Annual administration report of the Civil Veterinary Department of India - 1896-1897
Year: 1896
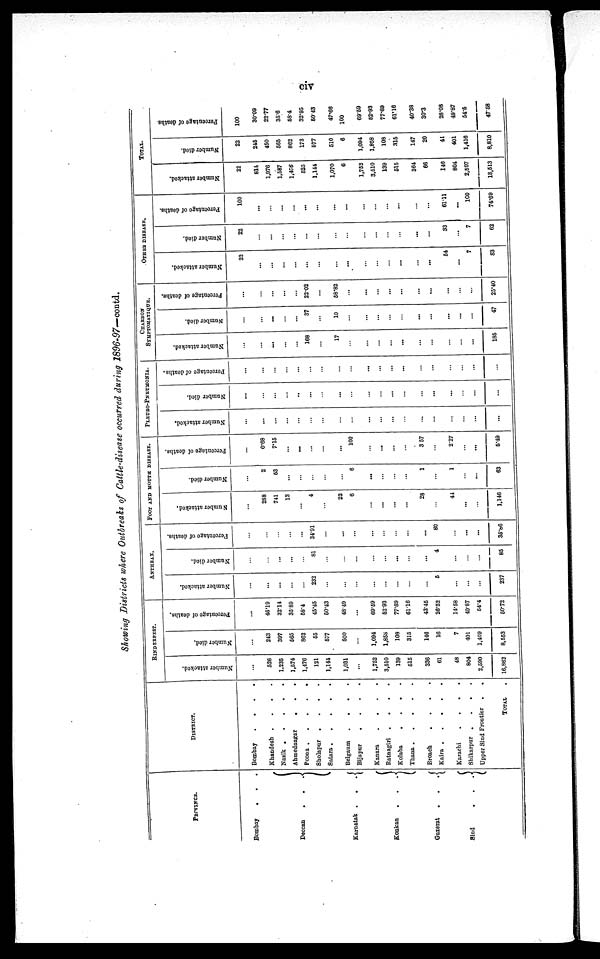
civ
Showing Districts where Outbreaks of Cattle-disease occurred during 1896-97-contd.
PROVINCE.
Bombay
. . .
Decean . . .
Karnatak . . .
Konkan . . .
Guzerat . . .
Sind
.
.
.
DISTRICT.
Bombay
. . . .
Khandesh . . . .
Nasik . . . . .
Ahmednagar . . .
Poona
.
.
.
.
.
Sholapur . . . .
Satara . . . . .
Belgaum . . . .
Bijapur
.
.
.
.
Kanara
. . . .
Ratnagiri . . . .
Kolaba
. . . .
Thana
.
.
.
.
.
Broach . . . .
Kaira
.
.
.
.
.
Karachi
.
.
.
.
Shikarpur .
.
.
.
Upper Sind Frontier . .
TOTAL .
RINDERPEST.
Number attacked.
...
526
1,235
1,574
1,476
121
1,144
1,031
...
1,752
3,510
139
515
336
61
48
804
2,590
16,862
Number died.
...
243
397
565
862
65
577
500
...
1,094
1,858
109
315
146
16
7
401
1,409
8,553
Percentage of deaths.
...
48.19
32.14
35.89
58.4
45.45
60.43
48.49
...
69.59
62.93
77.69
6116
43.45
26.52
14.58
49.87
54-4
50.72
ANTHRAX.
Number attacked.
...
...
...
...
...
232
...
...
...
...
...
...
...
...
6
...
...
...
237
Number died.
...
...
...
...
...
81
...
...
...
...
...
...
...
...
4
...
...
...
85
Percentage of deaths.
...
...
...
...
...
34.91
...
...
...
...
...
...
...
...
80
...
...
...
35.86
FOOT AND MOUTH DISEASE.
Number attacked.
...
288
741
13
...
4
...
22
6
...
...
...
...
28
...
44
...
...
1,146
Number died.
...
2
63
...
...
...
...
...
6
...
...
...
1
...
1
...
...
63
Percentage of deaths.
...
0.68
7.15
...
...
...
...
...
100
...
...
...
...
3.57
...
2.27
...
...
5.49
PLEURO-PNEUMONIA.
Number attacked.
...
...
...
...
...
...
...
...
...
...
...
...
...
...
...
...
...
...
...
Number died.
...
...
...
...
...
...
...
...
...
...
...
...
...
...
...
...
...
...
...
Percentage of deaths.
...
...
...
...
...
...
...
...
...
...
...
...
...
...
...
...
...
...
...
CHARBON SYMPTOMATIQUE.
Number attacked.
...
...
...
...
...
168
...
17
...
...
...
...
...
...
...
...
...
...
185
Number died.
...
...
...
...
...
37
...
10
...
...
...
...
...
...
...
...
...
...
47
Percentage of deaths.
...
...
...
...
...
22.02
...
58.82
...
...
...
...
...
...
...
...
...
...
25.40
OTHER DISEASE.
Number attacked.
22
...
...
...
...
...
...
...
...
...
...
...
...
...
...
54
...
7
83
Number died.
22
...
...
...
...
...
...
...
...
...
...
...
...
...
...
33
...
7
62
Percentage of deaths.
100
...
...
...
...
...
...
...
...
...
...
...
...
...
...
61.11
...
100
74.69
TOTAL.
Number attacked.
22
814
1,976
1,587
1,476
525
1,144
1,070
6
1,752
3,510
139
516
364
66
146
804
2,597
18,513
Number died.
22
245
450
565
862
173
577
510
6
1,094
1,858
103
315
147
20
41
401
1,416
8,810
Percentage of deaths
100
30.09
22.77
35.6
58.4
32.95
50.43
47.66
100
6969
52.93
77.69
61.16
40.38
30.3
28.08
49.87
54.5
47.58